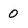
Character: 0